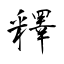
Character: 釋